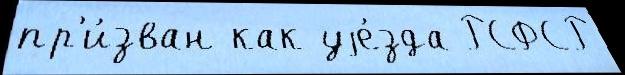
пр'и́зван как уjе́зда РСФСР